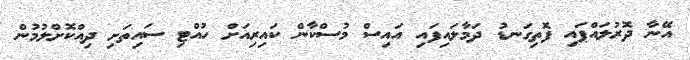
އޭނާ ދޮރުލައްޕައި ފޮތިގަނޑު ދަމާލައިފައި އައިސް މުސްކާން ކައިރިއަށް ހުއްޓި ސައިތަށި ދިއްކޮށްލުމުން